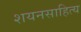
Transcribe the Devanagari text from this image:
शयनसाहित्य